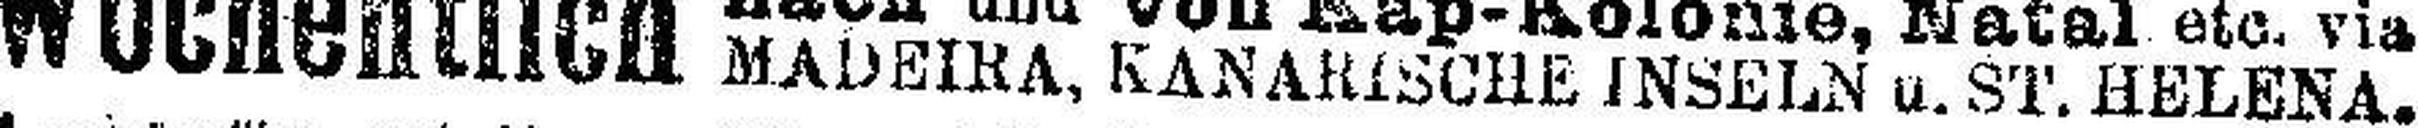
MADEIRA, KANARISCHE INSELN u. ST. HELENA.